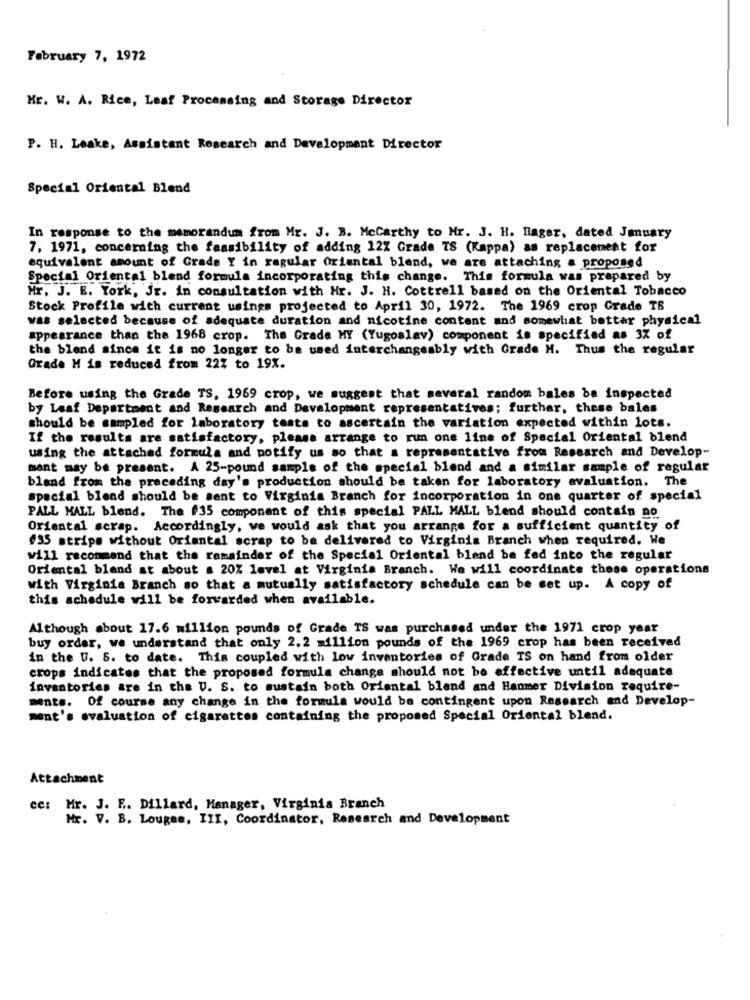
February 7, 1972
Mr. W. A. Rice, Leaf Processing and Storage Director
P. H. Leake, Assistant Research and Development Director
Special Oriental Blend
In response to the memorandum from Mr. J. B. Mccarthy to Mr. J. H. Hlager, dated Jmuary
7. 1971, concerning the faasibility of adding 12% Grade TS (Kappa) as replacement for
equivalent amount of Grade Y in ragular Oriental blend, we are attaching a proposed
Special Oriental blend formula incorporating this change. This formula was prepared by
Mr. J. E. York, Jr. in consultation with Hr. J. H. Cottrell based on the Oriental Tobacco
Stock Profile with current usings projected to April 30, 1972. The 1969 crop Grade TS
was selected because of adequate duration and nicotine content and somewhat better physical
appearance than the 1968 crop. The Grade MY (Yugoslav) component is specified as 3% of
the blend since it is no longer to be used interchangeably with Grade H. Thus the regular
Grade M is reduced from 22% to 19X.
Before using the Grade TS, 1969 crop, we suggest that several random bales be inspected
by Leaf Department and Research and Development representatives; further, these bales
should be sampled for laboratory tests to ascertain the variation expected within lots.
If the results are satisfactory, please arrange to run one line of Special Oriental blend
using the attached formula and notify us so that a representative from Research and Develop-
mant may be present. A 25-pound sample of the special blend and a similar sample of regular
bland from the preceding day's production should be taken for laboratory avaluation. The
special blend should be sent to Virginia Branch for incorporation in one quarter of special
PALL MALL blend. The #35 component of this special PALL MALL blend should contain no
Oriental scrap. Accordingly, we would ask that you arrange for a sufficient quantity of
#35 strips without Oriental scrap to be delivered to Virginia Branch when required. We
will recommend that the remainder of the Special Oriental blend be fed into the regular
Oriental bland at about . 20% level at Virginia Branch. We will coordinate these operations
with Virginia Branch so that a mutually satisfactory schedule can be set up. A copy of
this schedule will be forwarded when available.
Although about 17.6 million pounds of Grade TS was purchased under the 1971 crop year
buy order, we understand that only 2.2 million pounds of the 1969 crop has been received
in the U. 5. to date. This coupled with low inventories of Grade IS on hand from older
crops indicates that the proposed formula change should not be effective until adequate
inventories are in the U. S. to sustain both Oriantal blend and Hanmer Division require-
ments. Of course any change in the formula would be contingent upon Research and Develop-
ment's evaluation of cigarettes containing the proposed Special Oriental blend.
Attachment
ce: Mr. J. E. Dillard, Manager, Virginia Branch
Mr. V. B. Lougee, III, Coordinator, Research and Development